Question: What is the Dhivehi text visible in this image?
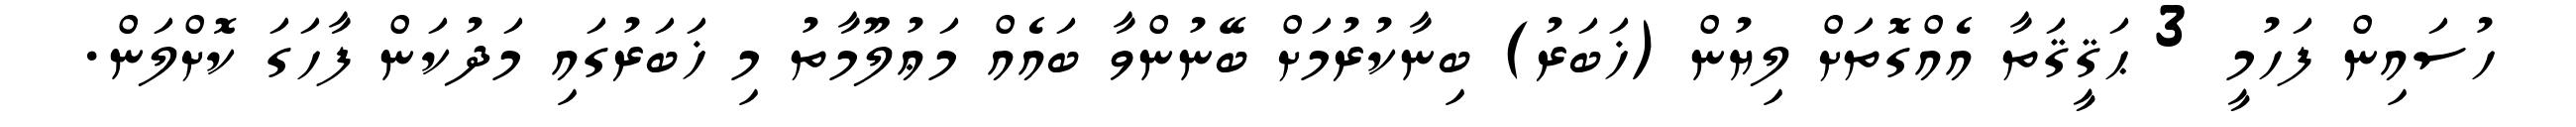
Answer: ހުސައިން ފަހުމީ 3 ޙަޤީޤަތާ އެއްގޮތަށް ލިޔުން (ޚަބަރު) ބިނާކުރުމަށް ބޭނުންވާ ބައެއް މަޢުލޫމާތު މި ޚަބަރުގައި މަދުކަން ފާހަގަ ކޮށްލަން.